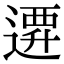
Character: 𨕞